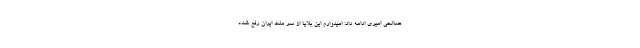
صالحی امیری ادامه داد: امیدوارم این بلایا از سر ملت ایران رفع شده